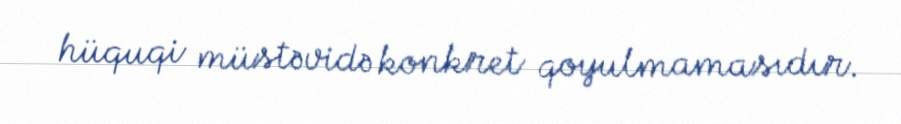
hüquqi müstəvidə konkret qoyulmamasıdır.